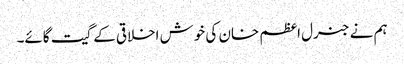
ہم نے جنرل اعظم خان کی خوش اخلاقی کے گیت گائے۔